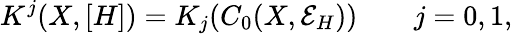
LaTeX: K^{j}(X,[H])=K_{j}(C_{0}(X,{\mathcal E}_{H}))\qquad j=0,1,